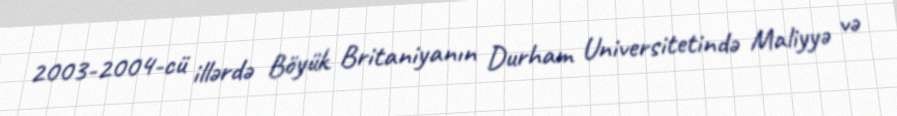
2003-2004-cü illərdə Böyük Britaniyanın Durham Universitetində Maliyyə və